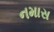
નમાસ